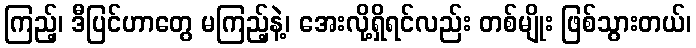
ကြည့်၊ ဒီပြင်ဟာတွေ မကြည့်နဲ့၊ အေးလို့ရှိရင်လည်း တစ်မျိုး ဖြစ်သွားတယ်၊